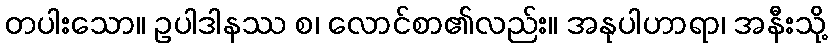
တပါးသော။ ဥပါဒါနဿ စ၊ လောင်စာ၏လည်း။ အနုပါဟာရာ၊ အနီးသို့